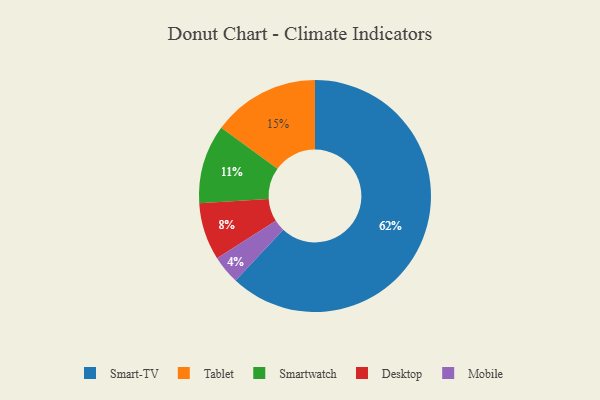
{"axis": {"x": "Category", "y": "Percentage"}, "legend": ["Desktop", "Mobile", "Smart-TV", "Smartwatch", "Tablet"], "data": [{"x": "Desktop", "y": 8, "type": "Desktop"}, {"x": "Mobile", "y": 4, "type": "Mobile"}, {"x": "Smartwatch", "y": 11, "type": "Smartwatch"}, {"x": "Tablet", "y": 15, "type": "Tablet"}, {"x": "Smart-TV", "y": 62, "type": "Smart-TV"}]}